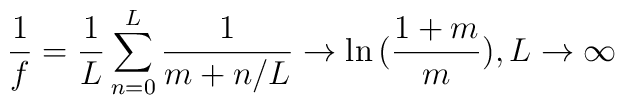
\frac{1}{f}=\frac{1}{L}\sum_{n=0}^{L}\frac{1}{m+n/L} \rightarrow \ln{(\frac{1+m}{m})},L\rightarrow\infty